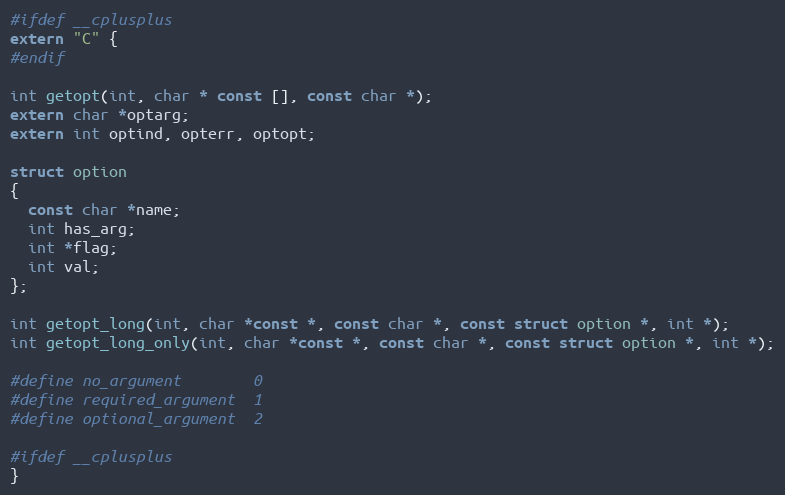
Language: C
#ifdef __cplusplus
extern "C" {
#endif

int getopt(int, char * const [], const char *);
extern char *optarg;
extern int optind, opterr, optopt;

struct option
{
  const char *name;
  int has_arg;
  int *flag;
  int val;
};

int getopt_long(int, char *const *, const char *, const struct option *, int *);
int getopt_long_only(int, char *const *, const char *, const struct option *, int *);

#define no_argument        0
#define required_argument  1
#define optional_argument  2

#ifdef __cplusplus
}